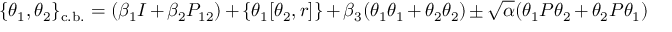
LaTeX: \{ \theta _ { 1 } , \theta _ { 2 } \} _ { \mathrm { c . b . } } = ( \beta _ { 1 } I + \beta _ { 2 } P _ { 1 2 } ) + \{ \theta _ { 1 } [ \theta _ { 2 } , r ] \} + \beta _ { 3 } ( \theta _ { 1 } \theta _ { 1 } + \theta _ { 2 } \theta _ { 2 } ) \pm \sqrt { \alpha } ( \theta _ { 1 } P \theta _ { 2 } + \theta _ { 2 } P \theta _ { 1 } )